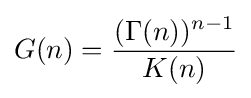
G(n)={\frac {(\Gamma (n))^{n-1}}{K(n)}}